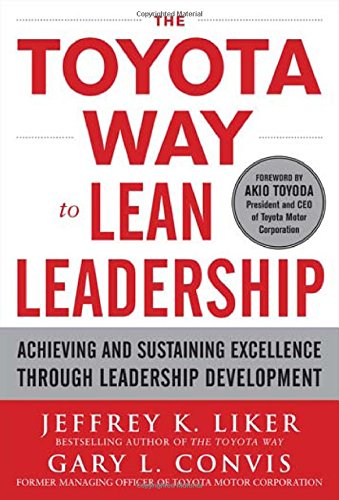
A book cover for The Toyota Way to Lean Leadership:  Achieving and Sustaining Excellence through Leadership Development; Jeffrey Liker; Business & Money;